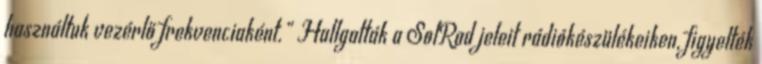
használtuk vezérlő frekvenciaként.” Hallgatták a SolRad jeleit rádiókészülékeiken, figyelték